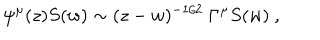
LaTeX: \psi ^ { \mu } ( z ) S ( w ) \sim ( z - w ) ^ { - 1 / 2 } \ \Gamma ^ { \mu } S ( w ) \ ,